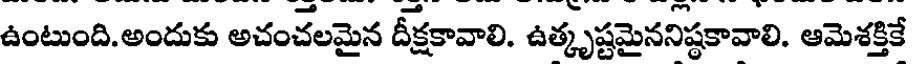
ఉంటుంది.అందుకు అచంచలమైన దీక్షకావాలి. ఉత్కృష్టమైననిష్టకావాలి. ఆమెశక్తికే